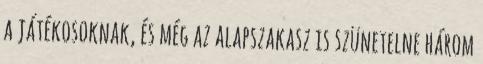
a játékosoknak, és még az alapszakasz is szünetelne három